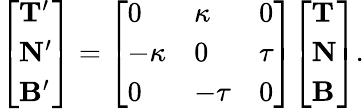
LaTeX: {\left[\begin{array}{l}{\mathbf{T^{\prime}}}\\ {\mathbf{N^{\prime}}}\\ {\mathbf{B^{\prime}}}\end{array}\right]}={\left[\begin{array}{lll}{0}&{\kappa}&{0}\\ {-\kappa}&{0}&{\tau}\\ {0}&{-\tau}&{0}\end{array}\right]}{\left[\begin{array}{l}{\mathbf{T}}\\ {\mathbf{N}}\\ {\mathbf{B}}\end{array}\right]}.